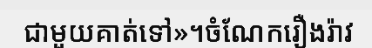
ជាមួយគាត់ទៅ»។ចំណែករឿងរ៉ាវ